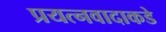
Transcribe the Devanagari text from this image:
प्रयत्‍नवादाकडे